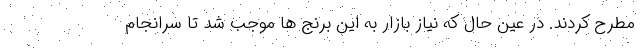
مطرح کردند. در عین حال که نیاز بازار به این برنج ها موجب شد تا سرانجام